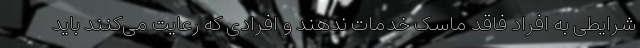
شرایطی به افراد فاقد ماسک خدمات ندهند و افرادی که رعایت می‌کنند باید